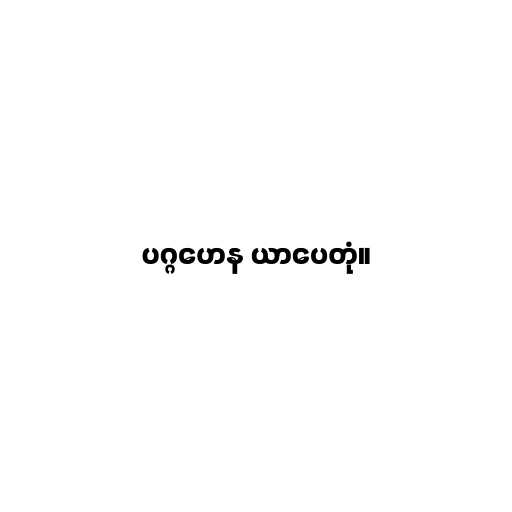
ပဂ္ဂဟေန ယာပေတုံ။